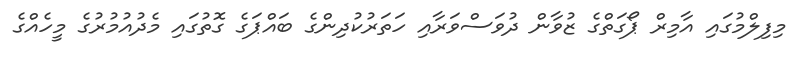
މިފިލްމުގައި އާމިރް ޕޯގަތްގެ ޒުވާން ދުވަސްވަރާއި ހަތަރުކުދިންގެ ބައްޕަގެ ގޮތުގައި މެދުއުމުރުގެ މީހެއްގެ